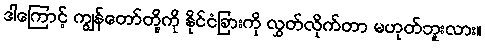
ဒါကြောင့် ကျွန်တော်တို့ကို နိုင်ငံခြားကို လွှတ်လိုက်တာ မဟုတ်ဘူးလား။